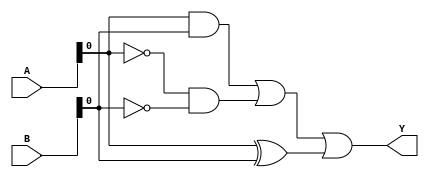
module combinational_logic_block (
    input wire [3:0] A,         // 4-bit input signal
    input wire [3:0] B,         // 4-bit input signal
    output wire Y               // Output signal
);

// Intermediate signals
wire A_and_B;                 // Intermediate signal for AND operation
wire A_or_B;                  // Intermediate signal for OR operation
wire not_A;                   // Intermediate signal for NOT operation
wire not_B;                   // Intermediate signal for NOT operation
wire A_xor_B;                 // Intermediate signal for XOR operation

// Logic operations
assign not_A = ~A;            // NOT operation on A
assign not_B = ~B;            // NOT operation on B
assign A_and_B = A & B;       // AND operation
assign A_or_B = A | B;        // OR operation
assign A_xor_B = A ^ B;       // XOR operation

// Final output Y using multi-level logic
// Example: Y = (A AND B) OR (NOT A AND NOT B) OR (A XOR B)
assign Y = (A_and_B) | (not_A & not_B) | (A_xor_B);

endmodule